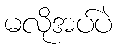
မလိုအပ်ပဲ